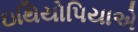
ઇથિયોપિયાએ